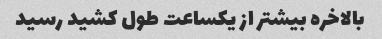
بالاخره بیشتر از یکساعت طول کشید رسید